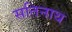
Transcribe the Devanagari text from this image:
सतिनाथ